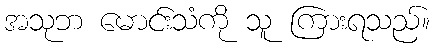
အသုဘ မောင်းသံကို သူ ကြားရသည်။